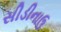
સીડીનાઉ